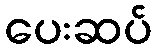
ပေးဆပ်